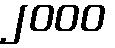
၂၀၀၀